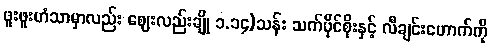
ဖူးဖူးဟံသာမှာလည်း ဈေးလည်းချို ၁.၁၄)သန်း သက်ပိုင်စိုးနှင့် လီချင်းဟောက်ကို